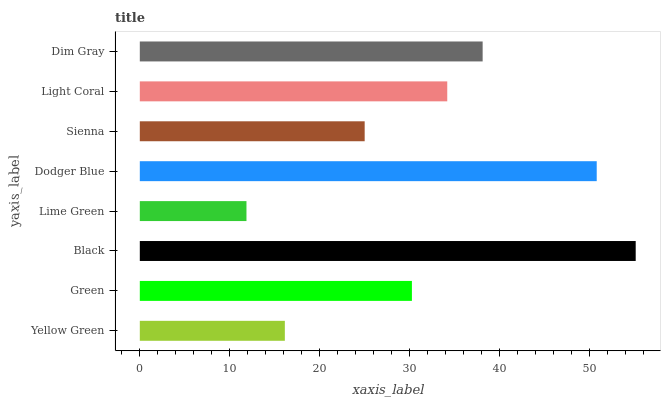
| yaxis_label | bars |
 | --- | --- |
 | Yellow Green | 16.1 |
 | Green | 30.2 |
 | Black | 55.1 |
 | Lime Green | 11.9 |
 | Dodger Blue | 50.8 |
 | Sienna | 25 |
 | Light Coral | 34.2 |
 | Dim Gray | 38.1 |